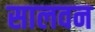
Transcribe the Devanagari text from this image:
सालवन